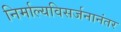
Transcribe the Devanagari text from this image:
निर्माल्यविसर्जनानंतर